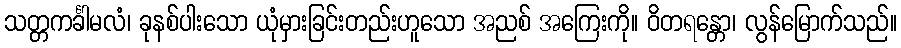
သတ္တကင်္ခါမလံ၊ ခုနစ်ပါးသော ယုံမှားခြင်းတည်းဟူသော အညစ် အကြေးကို။ ဝိတရန္တော၊ လွန်မြောက်သည်။